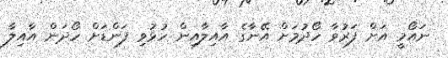
ނައޯމީ އަށް ފަރުވާ ހޯދުމަށް އޭނާގެ އާއިލާއިން ހުޅުވި ފަންޑަށް ހޯދަން އާއިލާ